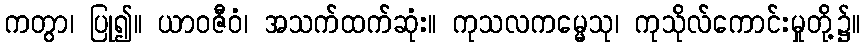
ကတွာ၊ ပြု၍။ ယာဝဇီဝံ၊ အသက်ထက်ဆုံး။ ကုသလကမ္မေသု၊ ကုသိုလ်ကောင်းမှုတို့၌။